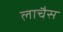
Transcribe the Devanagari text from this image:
लाचैस